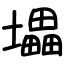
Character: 㙼